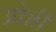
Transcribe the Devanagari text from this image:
ओन्नी